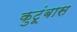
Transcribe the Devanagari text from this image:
कुटूंबास